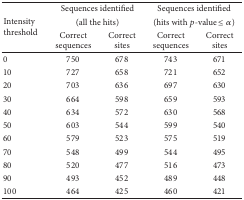
| <ROWSPAN=3> Intensity threshold | <COLSPAN=2> Sequences identified | <COLSPAN=2> Sequences identified |
 | <COLSPAN=2> (all the hits) | <COLSPAN=2> (hits with p-value ≤α) |
 | Correct sequences | Correct sites | Correct sequences | Correct sites |
 | --- | --- | --- | --- | --- |
 | 0 | 750 | 678 | 743 | 671 |
 | 10 | 727 | 658 | 721 | 652 |
 | 20 | 703 | 636 | 697 | 630 |
 | 30 | 664 | 598 | 659 | 593 |
 | 40 | 634 | 572 | 630 | 568 |
 | 50 | 603 | 544 | 599 | 540 |
 | 60 | 579 | 523 | 575 | 519 |
 | 70 | 548 | 499 | 544 | 495 |
 | 80 | 520 | 477 | 516 | 473 |
 | 90 | 493 | 452 | 489 | 448 |
 | 100 | 464 | 425 | 460 | 421 |